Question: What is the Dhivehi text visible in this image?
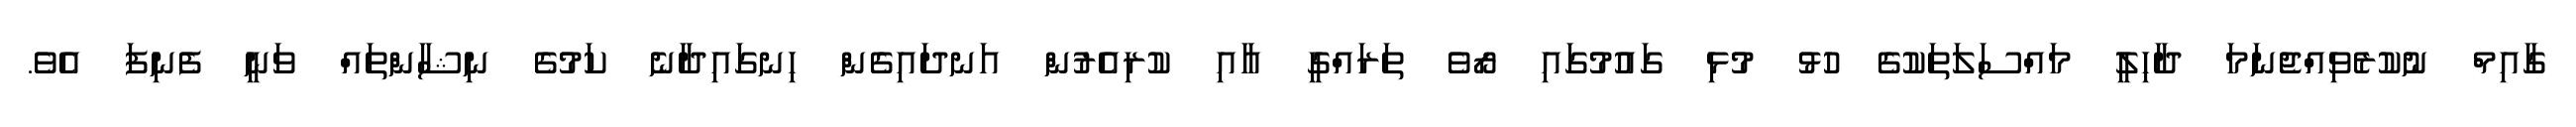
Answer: ގާއިމް ނުކުރެވިއްޖެނަމަ ދާހިލީ މައްސަލަތަކުގެ ހުޅު މުޅި ގައުމުގައި ރޯވެ ތަރައްގީ އާއި ކުރިއެރުން އަނދައިގެން ހިނގައިދާނެ ކަމުގެ ނިޝާންތައް ވަނީ ފެނިފަ އެވެ.